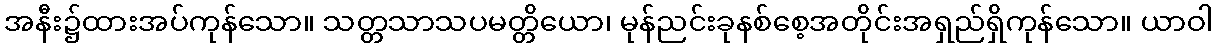
အနီး၌ထားအပ်ကုန်သော။ သတ္တသာသပမတ္တိယော၊ မုန်ညင်းခုနစ်စေ့အတိုင်းအရှည်ရှိကုန်သော။ ယာဝါ